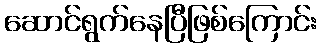
ဆောင်ရွက်နေပြီဖြစ်ကြောင်း